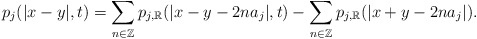
\begin{align*}p_{j}(|x-y|,t)=\sum_{n\in \mathbb{Z}} p_{j,\mathbb{R}}(|x-y-2na_j|,t) -\sum_{n\in \mathbb{Z}}p_{j,\mathbb{R}}(|x+y-2na_j|).\end{align*}